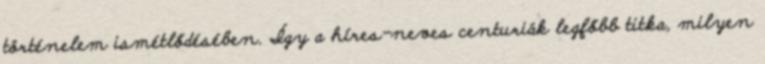
történelem ismétlődésében. Így a híres-neves centuriák legfőbb titka, milyen